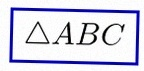
\triangle ABC